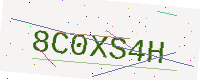
Text: 8C0XS4H